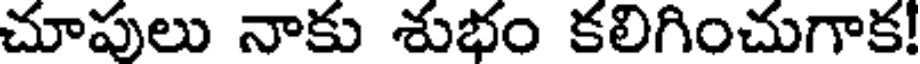
చూపులు నాకు శుభం కలిగించుగాక!